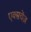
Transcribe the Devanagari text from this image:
एक्सचेंज़